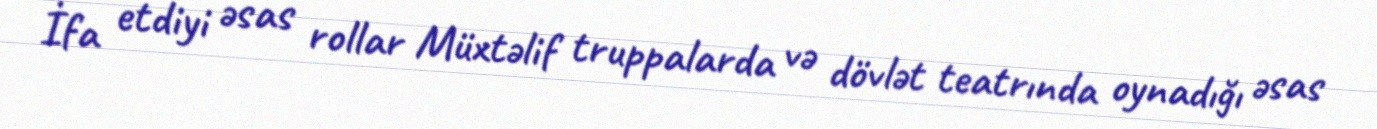
İfa etdiyi əsas rollar Müxtəlif truppalarda və dövlət teatrında oynadığı əsas